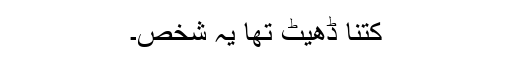
کتنا ڈھیٹ تھا یہ شخص۔